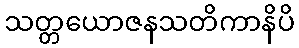
သတ္တယောဇနသတိကာနိပိ